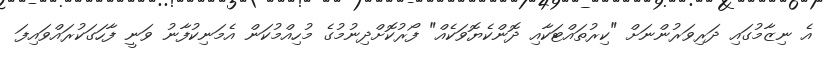
އެ ނިޒާމުގައި ދަރިވަރުންނަށް "ކިރުތައްޓަކާއި ދޮންކެޔޮވަކެއް" ފޯރުކޮށްދިނުމުގެ މުހިއްމުކަން އެމަނިކުފާނު ވަނީ ފާހަގަކުރައްވައިފަ